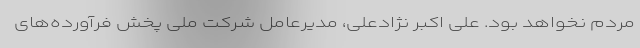
مردم نخواهد بود. علی اکبر نژادعلی، مدیرعامل شرکت ملی پخش فرآورده‌های